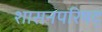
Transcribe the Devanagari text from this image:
शासनपरिषद्